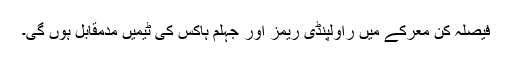
فیصلہ کن معرکے میں راولپنڈی ریمز اور جہلم ہاکس کی ٹیمیں مدمقابل ہوں گی۔